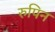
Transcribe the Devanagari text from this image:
रुपिन